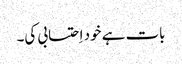
بات ہے خود اِحتسابی کی۔